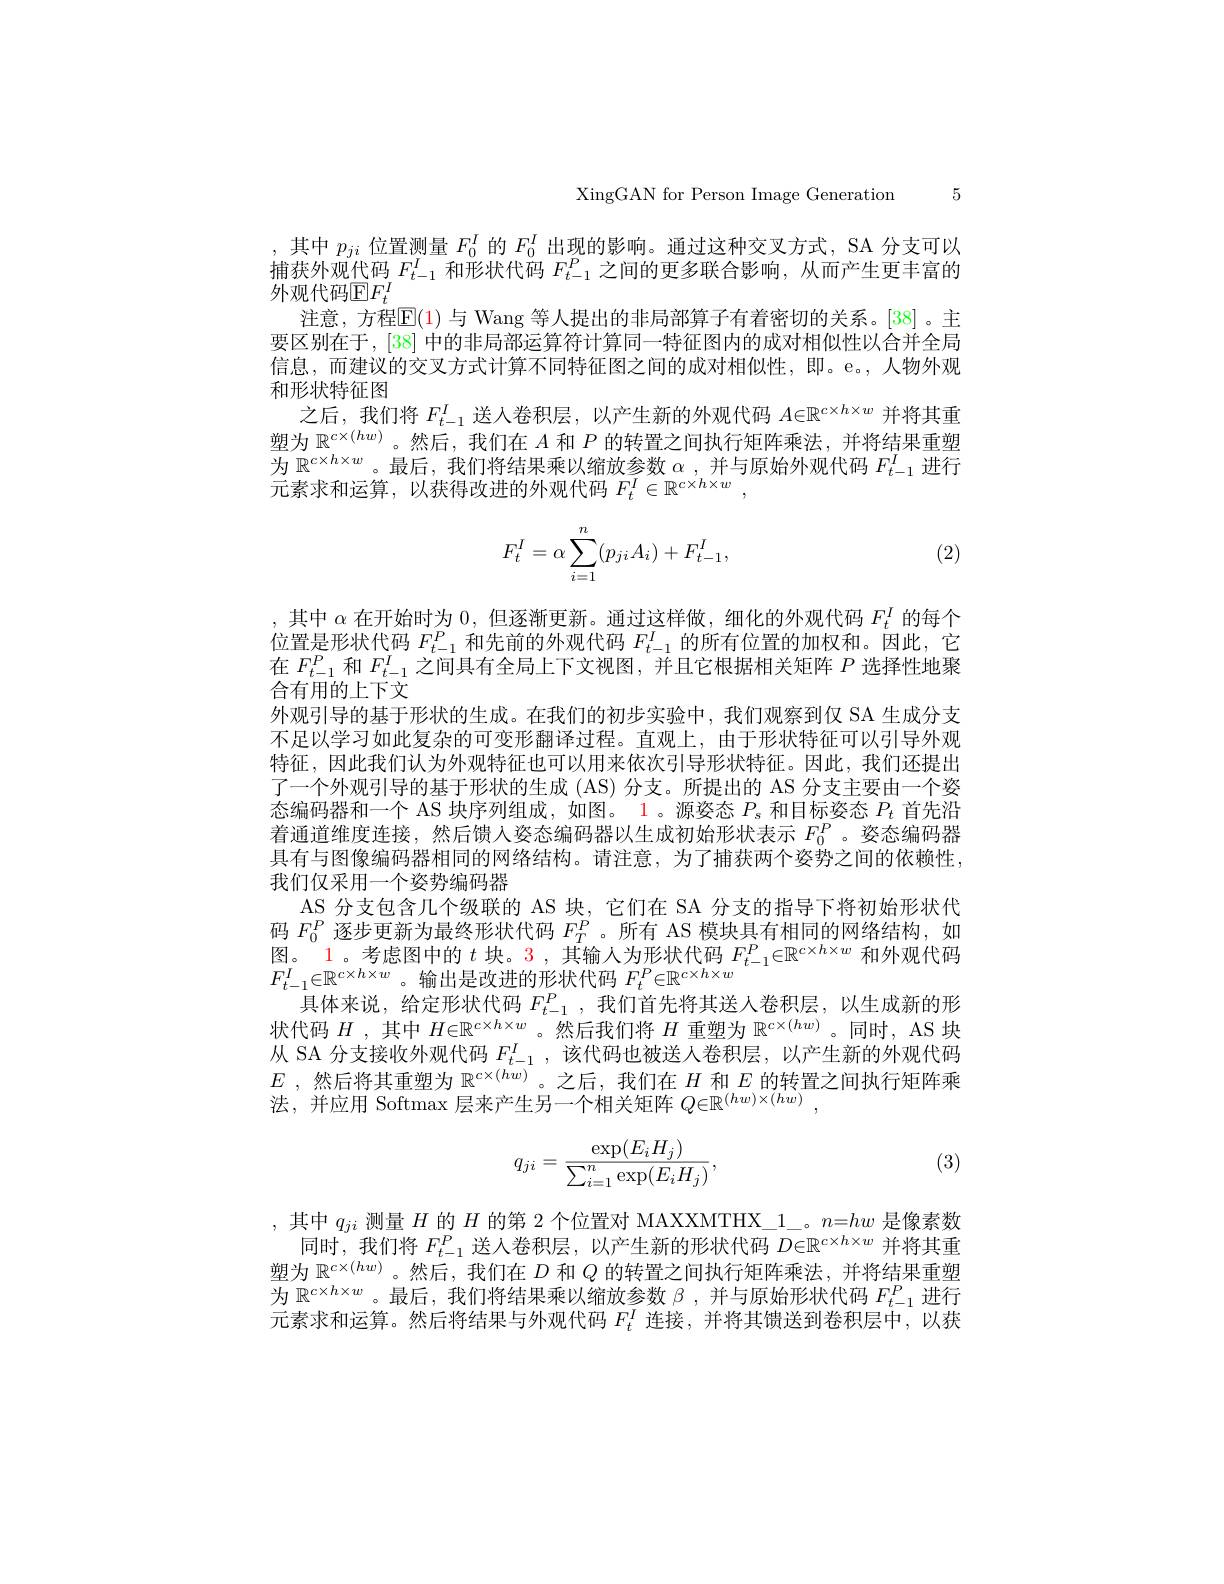
XingGAN for Person Image Generation 5

,其中$p_{ji}$位置测量$F_0^I$的$F_0^I$出现的影响。通过这种交叉方式，SA 分支可以捕获外观代码$F_t-1^I$和形状代码$F_t-1^P$之间的更多联合影响，从而产生更丰富的外观代码$\mathbb{E}F_t^I$
注意，方程$\mathsf E(1)$ 与 Wang 等人提出的非局部算子有着密切的关系。[38]。主要区别在于，[38]中的非局部运算符计算同一特征图内的成对相似性以合并全局信息，而建议的交叉方式计算不同特征图之间的成对相似性，即。e。,人物外观和形状特征图
之后，我们将$F_t-1^I$送人卷积层，以产生新的外观代码$A\in\mathbb{R}^c\times h\times w$并将其重塑为$\mathbb{R}^{c\times(hw)}$。然后，我们在$A$和$P$的转置之间执行矩阵乘法，并将结果重塑为$\mathbb{R}^c\times h\times w$。最后，我们将结果乘以缩放参数$\alpha$,并与原始外观代码$F_t-1^I$进行元素求和运算，以获得改进的外观代码$F_t^I\in \mathbb{R} ^{c\times h\times w}$ ,
$$F_t^I=\alpha\sum_{i=1}^n(p_{ji}A_i)+F_{t-1}^I,$$
(2)

,其中$\alpha$在开始时为0，但逐渐更新。通过这样做，细化的外观代码$F_t^I$的每个位置是形状代码$F_t-1^P$和先前的外观代码$F_t-1^I$的所有位置的加权和。因此，它在$F_{t-1}^P$和$F_{t-1}^I$之间具有全局上下文视图，并且它根据相关矩阵$P$选择性地聚合有用的上下文
外观引导的基于形状的生成。在我们的初步实验中，我们观察到仅 SA 生成分支不足以学习如此复杂的可变形翻译过程。直观上，由于形状特征可以引导外观特征，因此我们认为外观特征也可以用来依次引导形状特征。因此，我们还提出了一个外观引导的基于形状的生成 (AS) 分支。所提出的 AS 分支主要由一个姿态编码器和一个 AS 块序列组成，如图。1 。源姿态$P_{\mathrm{s}}$和目标姿态$P_t$首先沿着通道维度连接，然后馈人姿态编码器以生成初始形状表示$F_{0}^{P}$ 。姿态编码器具有与图像编码器相同的网络结构。请注意，为了捕获两个姿势之间的依赖性， 我们仅采用一个姿势编码器
AS 分支包含几个级联的 AS 块，它们在 SA 分支的指导下将初始形状代码$F_0^P$逐步更新为最终形状代码$F_T^P$。所有 AS 模块具有相同的网络结构，如图。$\color{red}{1\text{。考虑图中的 }t\text{ 块。3 ,其输人为形状代码 }F_{t-1}^P\in\mathbb{R}^{c\times h\times w}\text{ 和外观代码}}$ $F_{t-1}^I\in\mathbb{R}^{c\times h\times w}$。输出是改进的形状代码$F_t^P\in\mathbb{R}^{c\times h\times w}$
具体来说，给定形状代码$F_t-1^P$,我们首先将其送人卷积层，以生成新的形状代码$H$ ,其中$H\in\mathbb{R}^c\times h\times w$ 。然后我们将$H$重塑为$\mathbb{R}^c\times(hw)$ 。同时，AS 块从 SA 分支接收外观代码$F_{t-1}^I$ ,该代码也被送人卷积层，以产生新的外观代码$E$ ,然后将其重塑为$\mathbb{R}^{c\times(hw)}$。之后，我们在$H$和$E$的转置之间执行矩阵乘法，并应用 Softmax 层来产生另一个相关矩阵$Q\in\mathbb{R}^{(hw)\times(hw)}$,
$$q_{ji}=\frac{\exp(E_iH_j)}{\sum_{i=1}^n\exp(E_iH_j)},$$
(3)

,其中$q_ji$测量$H$的$H$的第 2 个位置对 MAXXMTHX\_1。$n=hw$是像素数
同时，我们将$F_t-1^P$送人卷积层，以产生新的形状代码$D\in\mathbb{R}^c\times h\times w$并将其重塑为$\mathbb{R}^{c\times(hw)}$。然后，我们在$D$和$Q$的转置之间执行矩阵乘法，并将结果重塑为$\mathbb{R}^{c\times h\times w}$。最后，我们将结果乘以缩放参数$\beta$,并与原始形状代码$F_t-1^P$进行元素求和运算。然后将结果与外观代码$F_t^I$连接，并将其馈送到卷积层中，以获